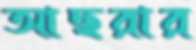
আছরার